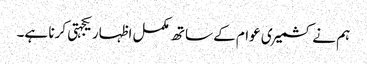
ہم نے کشمیری عوام کے ساتھ مکمل اظہار یکجہتی کرنا ہے۔